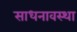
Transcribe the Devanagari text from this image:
साधनावस्था